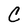
Character: C